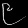
Digit: ၉